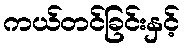
ကယ်တင်ခြင်းနှင့်